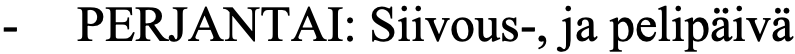
-  PERJANTAI: Siivous-, ja pelipäivä